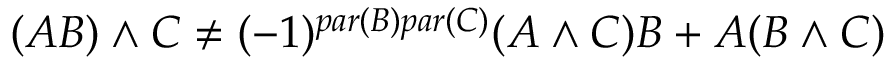
( A B ) \wedge C \neq ( - 1 ) ^ { p a r ( B ) p a r ( C ) } ( A \wedge C ) B + A ( B \wedge C )